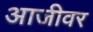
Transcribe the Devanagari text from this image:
आजीवर